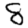
Digit: 8